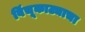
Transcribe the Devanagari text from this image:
विंचूकाट्याचा